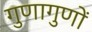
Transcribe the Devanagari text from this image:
गुणागुणों